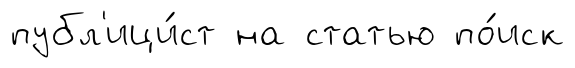
публ'ици́ст на статью по́иск